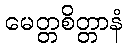
မေတ္တစိတ္တာနံ